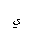
Letter: _ya